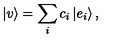
| v \rangle = \sum _ { i } c _ { i } \left| e _ { i } \right\rangle ,